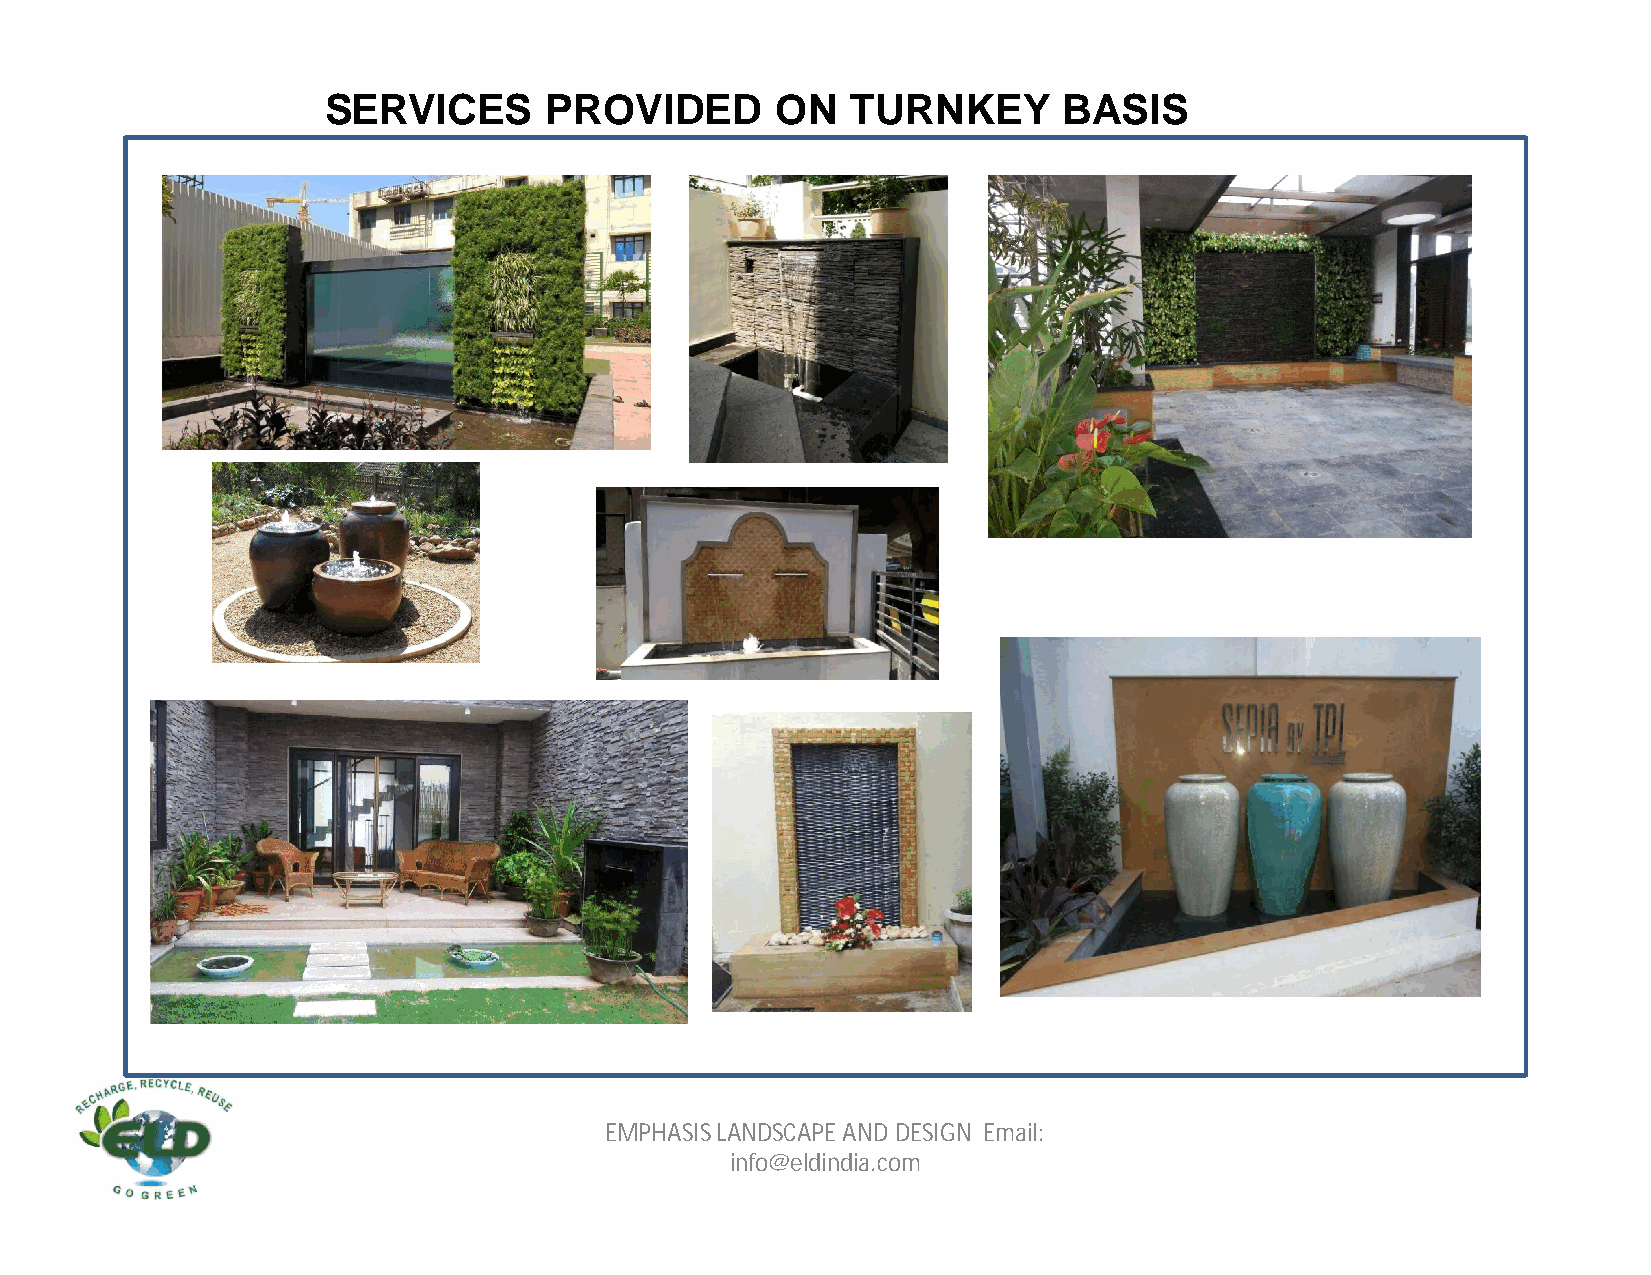
SERVICES       PROVIDED       ON   TURNKEY       BASIS
 EMPHASIS LANDSCAPE AND DESIGN Email:
 info@eldindia.com